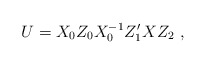
\begin{align*}U = X_0Z_0X_0^{-1}Z_1'XZ_2 \ ,\end{align*}